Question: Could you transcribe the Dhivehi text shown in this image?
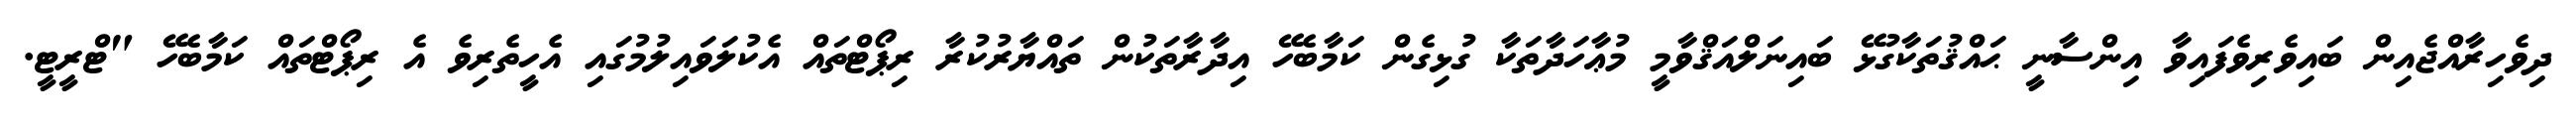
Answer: ދިވެހިރާއްޖެއިން ބައިވެރިވެފައިވާ އިންސާނީ ޙައްޤުތަކާގުޅޭ ބައިނަލްއަޤްވާމީ މުޢާހަދާތަކާ ގުޅިގެން ކަމާބެހޭ އިދާރާތަކުން ތައްޔާރުކުރާ ރިޕޯޓްތައް އެކުލަވައިލުމުގައި އެހީތެރިވެ އެ ރިޕޯޓްތައް ކަމާބެހޭ "ޓްރީޓީ.